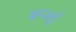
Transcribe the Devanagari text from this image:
बम्जई